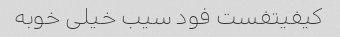
کیفیتفست فود سیب خیلی خوبه